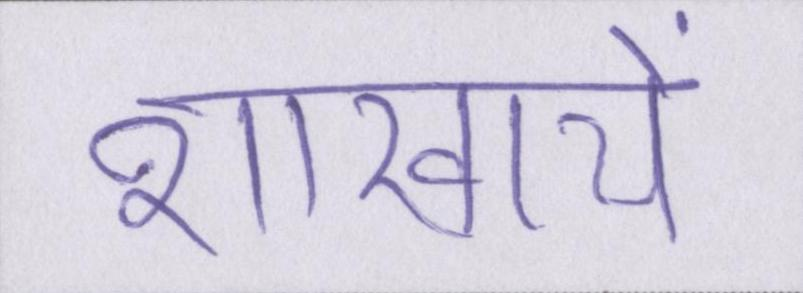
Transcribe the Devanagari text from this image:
शाखायें